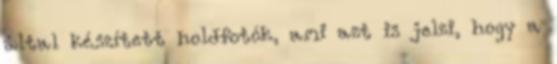
által készített holdfotók, ami azt is jelzi, hogy a